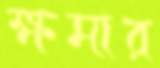
ক্ষমার